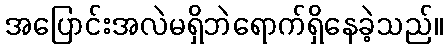
အပြောင်းအလဲမရှိဘဲရောက်ရှိနေခဲ့သည်။